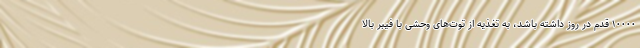
۱۰۰۰۰ قدم در روز داشته باشد، به تغذیه از توت‌های وحشی با فیبر بالا